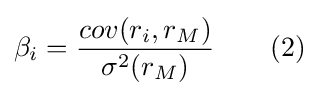
\beta _{i}={\frac {cov(r_{i},r_{M})}{\sigma ^{2}(r_{M})}}\qquad (2)